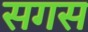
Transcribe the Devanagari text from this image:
सगस